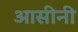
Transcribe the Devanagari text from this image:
आसीनी